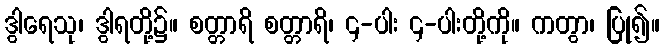
ဒွါရေသု၊ ဒွါရတို့၌။ စတ္တာရိ စတ္တာရိ၊ ၄-ပါး ၄-ပါးတို့ကို။ ကတွာ၊ ပြု၍။